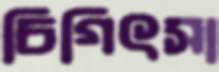
চিগিৎসা